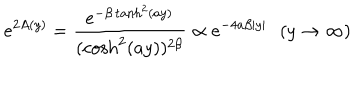
e ^ { 2 A ( y ) } = \frac { e ^ { - \beta \tanh ^ { 2 } ( a y ) } } { ( \cosh ^ { 2 } ( a y ) ) ^ { 2 \beta } } \propto e ^ { - 4 a \beta | y | } \, \, \, \, ( y \rightarrow \infty )